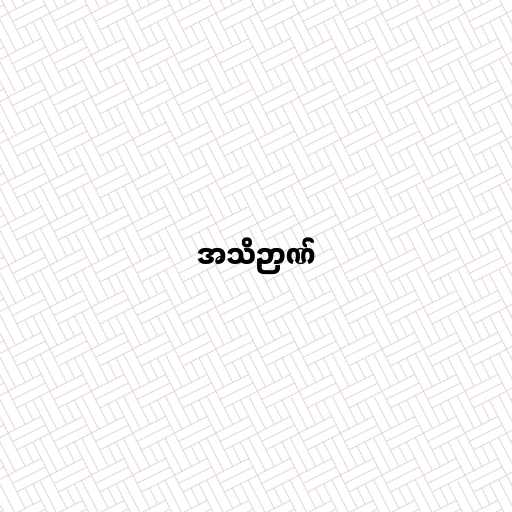
အသိဉာဏ်